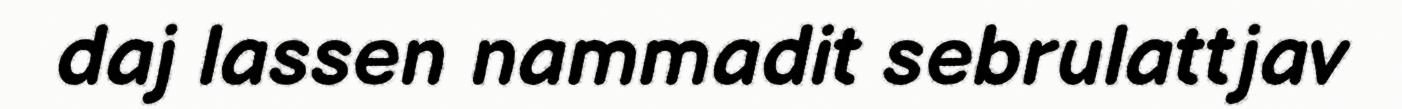
daj lassen nammadit sebrulattjav